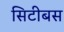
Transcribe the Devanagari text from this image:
सिटीबस